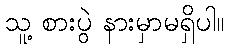
သူ့ စားပွဲ နားမှာမရှိပါ။